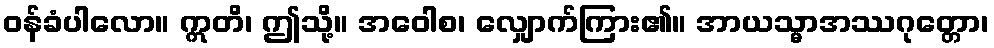
ဝန်ခံပါလော။ ဣတိ၊ ဤသို့။ အဝေါစ၊ လျှောက်ကြား၏။ အာယသ္မာအဿဂုတ္တော၊